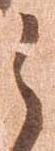
之